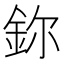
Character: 鉨